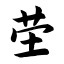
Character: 茔